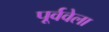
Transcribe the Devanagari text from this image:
पूर्ववेला